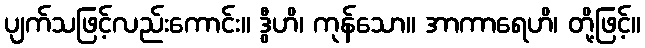
ပျက်သဖြင့်လည်းကောင်း။ ဒွီဟိ၊ ကုန်သော။ အာကာရေဟိ၊ တို့ဖြင့်။